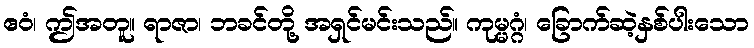
ဧဝံ၊ ဤအတူ။ ရာဇာ၊ ဘခင်တို့ အရှင်မင်းသည်။ ကုမ္မဂ္ဂံ၊ ခြောက်ဆဲ့နှစ်ပါးသော